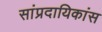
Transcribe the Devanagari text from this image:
सांप्रदायिकांस